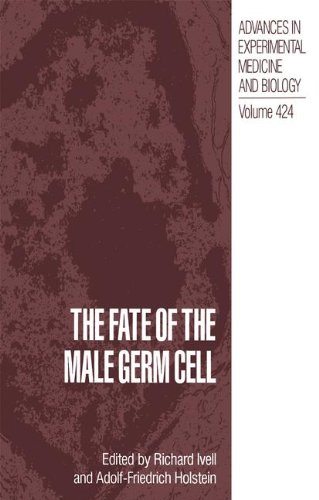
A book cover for The Fate of the Male Germ Cell (Advances in Experimental Medicine & Biology (Springer)); Medical Books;